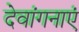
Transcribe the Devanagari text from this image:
देवांगनाएं